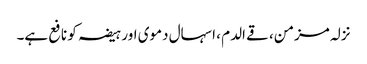
نزلہ مزمن، قے الدم ، اسہال دموی اور ہیضہ کو نافع ہے۔